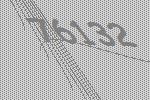
76132